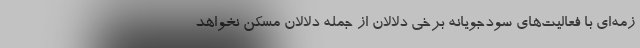
زمه‌ای با فعالیت‌های سودجویانه برخی دلالان از جمله دلالان مسکن نخواهد